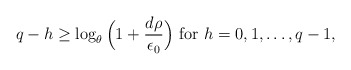
\begin{align*} q-h\ge \log_{\theta}\Big(1+\frac{d \rho}{\epsilon_0}\Big)~{\rm for}~h=0,1,\dots,q-1, \end{align*}